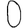
Digit: 0